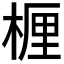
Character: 𬃗